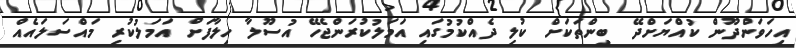
އިހަވަންދޫން ކުއްޔަށްދޭ ބިންތަކަށް ކުލި ދެއްކުމުގައި އަމަލުކުރަންޖެހޭ އުސޫލާ ހިލާފަށް އަމަލުކުރި މައްސަަލައެއް